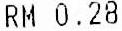
RM 0.28